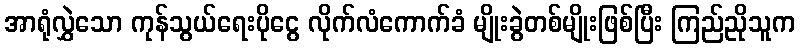
အာရုံလွှဲသော ကုန်သွယ်ရေးပိုငွေ လိုက်လံကောက်ခံ မျိုးခွဲတစ်မျိုးဖြစ်ပြီး ကြည်ညိုသူက